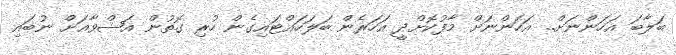
ބަލާބަ އަހަންނަށް.. އަހަންނަށް މާފުކޮށްދީ އަހަރެން ބަލަހައްޓައިގެން ހުރި ގޮތުން އަޝްވާއަށް ނުބައި